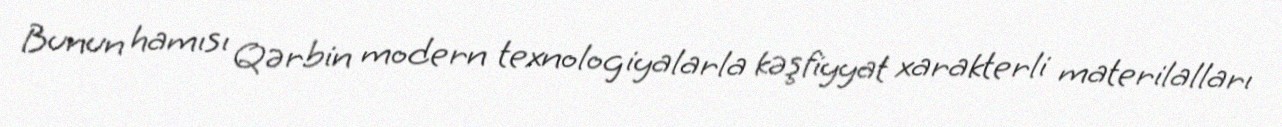
Bunun hamısı Qərbin modern texnologiyalarla kəşfiyyat xarakterli materilalları